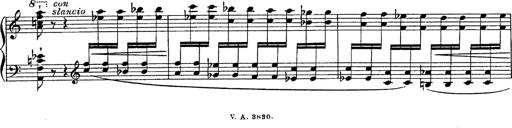
Title: Fantasie Ã¼ber Themen aus Mozarts Figaro und Don Giovanni
Composer: Franz Liszt